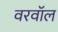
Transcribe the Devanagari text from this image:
वरवॉल